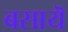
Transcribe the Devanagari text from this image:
बसायॆ